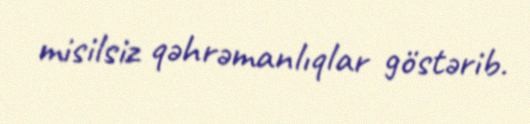
misilsiz qəhrəmanlıqlar göstərib.